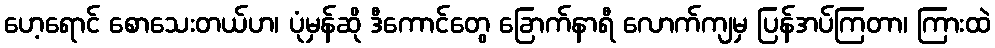
ဟေ့ရောင် စောသေးတယ်ဟ၊ ပုံမှန်ဆို ဒီကောင်တွေ ခြောက်နာရီ လောက်ကျမှ ပြန်အပ်ကြတာ၊ ကြားထဲ